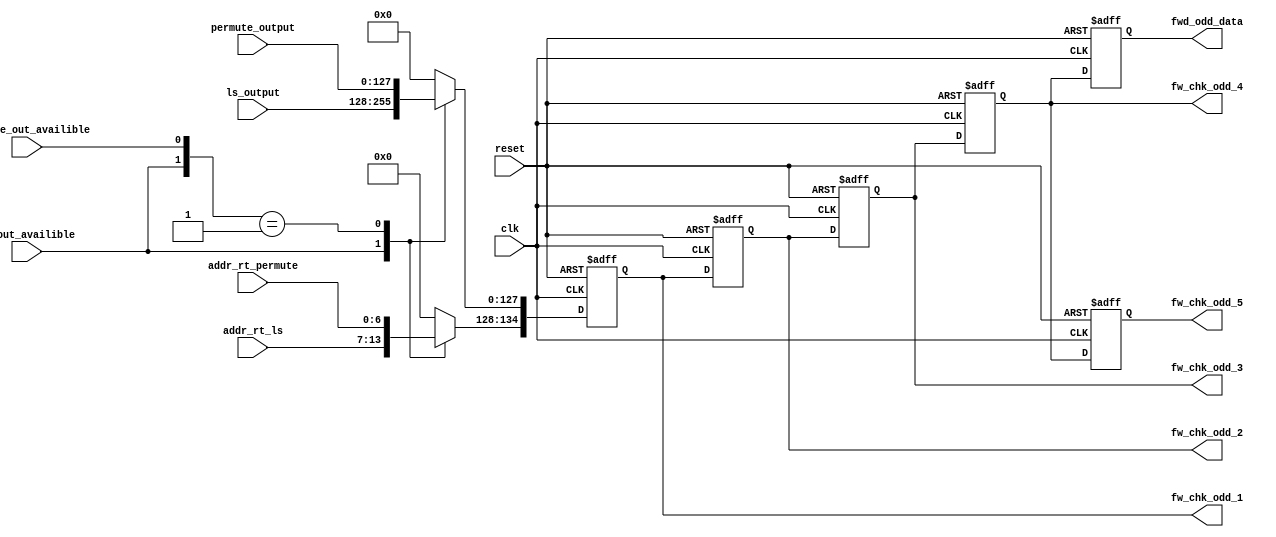

`timescale 1ns/10ps
module fwd_odd(/*OUTPUTS*/  fwd_odd_data, fw_chk_odd_1, fw_chk_odd_2, fw_chk_odd_3, fw_chk_odd_4, fw_chk_odd_5, 
                
                /*INPUTS from LS Unit*/
		ls_output, addr_rt_ls, ls_out_availible,

		/*INPUTS from PERMUTE Unit*/
		permute_output, addr_rt_permute, permute_out_availible, clk, reset);
                
input clk,reset;
input [0:127] ls_output, permute_output;
input ls_out_availible, permute_out_availible;
input [0:6] addr_rt_ls, addr_rt_permute;

reg [0:127] odd_pipe_data;
reg [0:6] odd_pipe_addr;

output reg [0:134] fwd_odd_data;
output reg [0:134] fw_chk_odd_1, fw_chk_odd_2, fw_chk_odd_3, fw_chk_odd_4, fw_chk_odd_5;
wire [0:134] fullvalue;

assign fullvalue={odd_pipe_addr,odd_pipe_data};

always @(*) 
begin
	casez({ls_out_availible, permute_out_availible})
	2'b1?: begin
	odd_pipe_data = ls_output;
	odd_pipe_addr = addr_rt_ls;
	end

	2'b01: begin
	odd_pipe_data = permute_output;
	odd_pipe_addr = addr_rt_permute;
	end

	default: begin
	odd_pipe_data = 0;
	odd_pipe_addr = 0;
	end
	endcase
end
always @ (posedge clk or posedge reset) 
begin
if(reset)
    begin
    {fw_chk_odd_1, fw_chk_odd_2, fw_chk_odd_3, fw_chk_odd_4, fw_chk_odd_5} <= 0;
    fwd_odd_data <= 0;
    end
else
    begin    
    fw_chk_odd_1  <= fullvalue;
    fw_chk_odd_2  <= fw_chk_odd_1;
    fw_chk_odd_3  <= fw_chk_odd_2;
    fw_chk_odd_4  <= fw_chk_odd_3;
    fw_chk_odd_5  <= fw_chk_odd_4;
    fwd_odd_data  <= fw_chk_odd_4;
    end
end    
endmodule